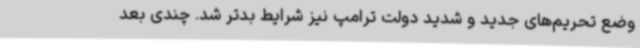
وضع تحریم‌های جدید و شدید دولت ترامپ نیز شرایط بدتر شد. چندی بعد